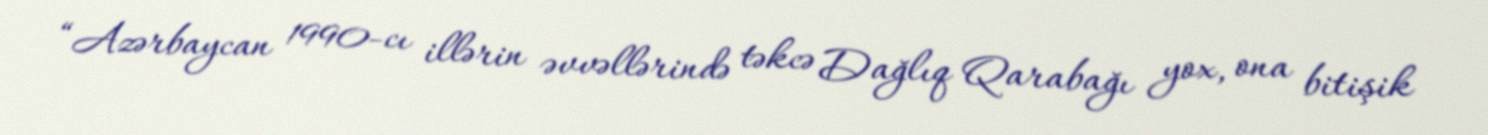
“Azərbaycan 1990-cı illərin əvvəllərində təkcə Dağlıq Qarabağı yox, ona bitişik